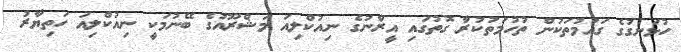
ހުޅަނގުގެ ގައުމުތަކުން ތުހުމަތުކުރާ ގޮތުގައި އީރާނުގެ ނިއުކްލިއަ މަޝްރޫއުގެ ބޭނުމަކީ ނިއުކްލިއަ ހަތިޔާރު